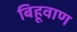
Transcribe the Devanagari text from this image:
बिहूवाण